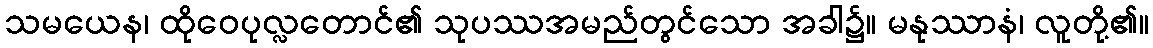
သမယေန၊ ထိုဝေပုလ္လတောင်၏ သုပဿအမည်တွင်သော အခါ၌။ မနုဿာနံ၊ လူတို့၏။